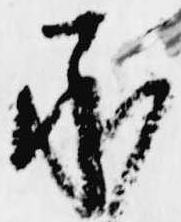
承